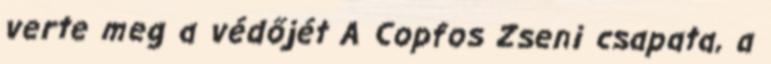
verte meg a védőjét A Copfos Zseni csapata, a